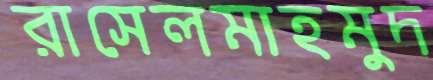
রাসেলমাহমুদ